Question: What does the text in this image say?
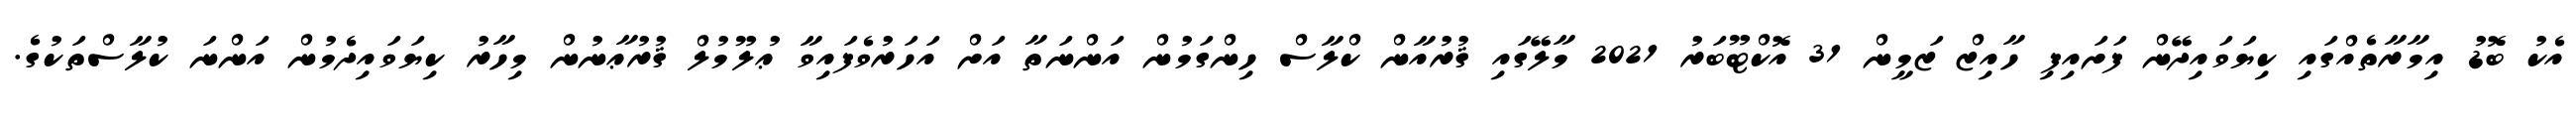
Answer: އެކު ބޮޑު އިމާރާތެއްގައި ކިޔަވައިދޭން ފަށައިފި ހާއިޒް ޒަމީން 31 އޮކްޓޫބަރު 2021 މާލޭގައި ޤުރުއާން ކްލާސް ހިންގަމުން އަންނަތާ އަށް އަހަރުވެފައިވާ ޢުލޫމުލް ޤުރުޢާނުން މިހާރު ކިޔަވައިދެމުން އަންނަ ކުލާސްތަކުގެ.